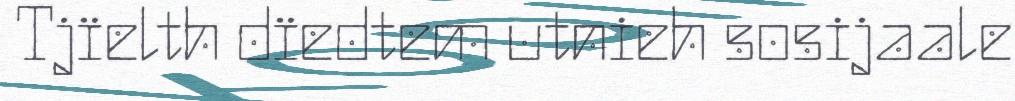
Tjïelth dïedtem utnieh sosijaale